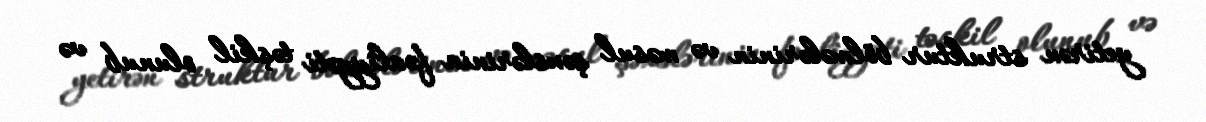
yetirən struktur bölmələrinin və məsul şəxslərinin fəaliyyəti təşkil olunub və